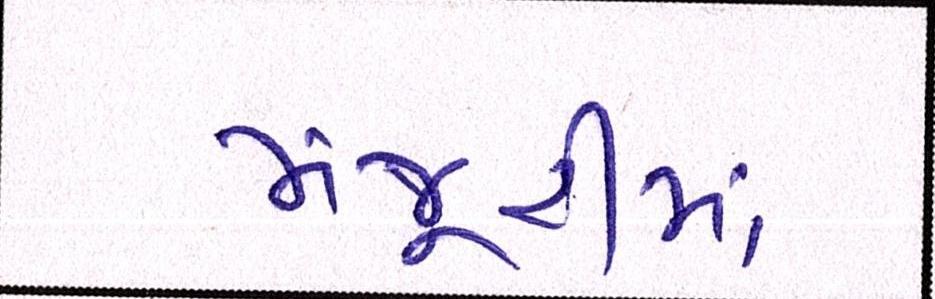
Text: મંજૂરીમાં